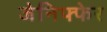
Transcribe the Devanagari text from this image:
जेनिफ्फेर